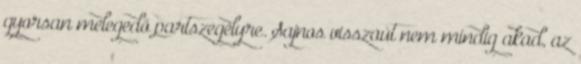
gyorsan melegedő partszegélyre. Sajnos visszaút nem mindig akad, az